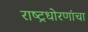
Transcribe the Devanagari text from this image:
राष्ट्रधोरणांचा